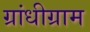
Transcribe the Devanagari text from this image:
ग्रांधीग्राम